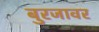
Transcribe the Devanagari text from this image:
बुरजावर